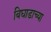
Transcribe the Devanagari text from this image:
बिघाडाच्या